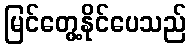
မြင်တွေ့နိုင်ပေသည်